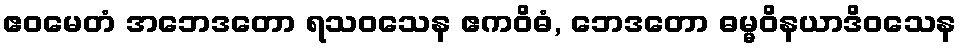
ဧဝမေတံ အဘေဒတော ရသဝသေန ဧကဝိဓံ, ဘေဒတော ဓမ္မဝိနယာဒိဝသေန